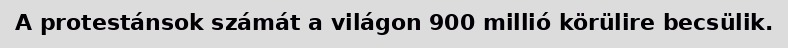
A protestánsok számát a világon 900 millió körülire becsülik.